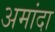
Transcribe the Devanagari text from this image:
अमांदा